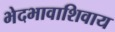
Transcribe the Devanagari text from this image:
भेदभावाशिवाय